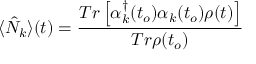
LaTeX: \langle \hat { N } _ { k } \rangle ( t ) = \frac { T r \left[ \alpha _ { k } ^ { \dagger } ( t _ { o } ) \alpha _ { k } ( t _ { o } ) \rho ( t ) \right] } { T r \rho ( t _ { o } ) }